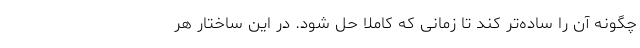
چگونه آن را ساده‌تر کند تا زمانی که کاملا حل شود. در این ساختار هر